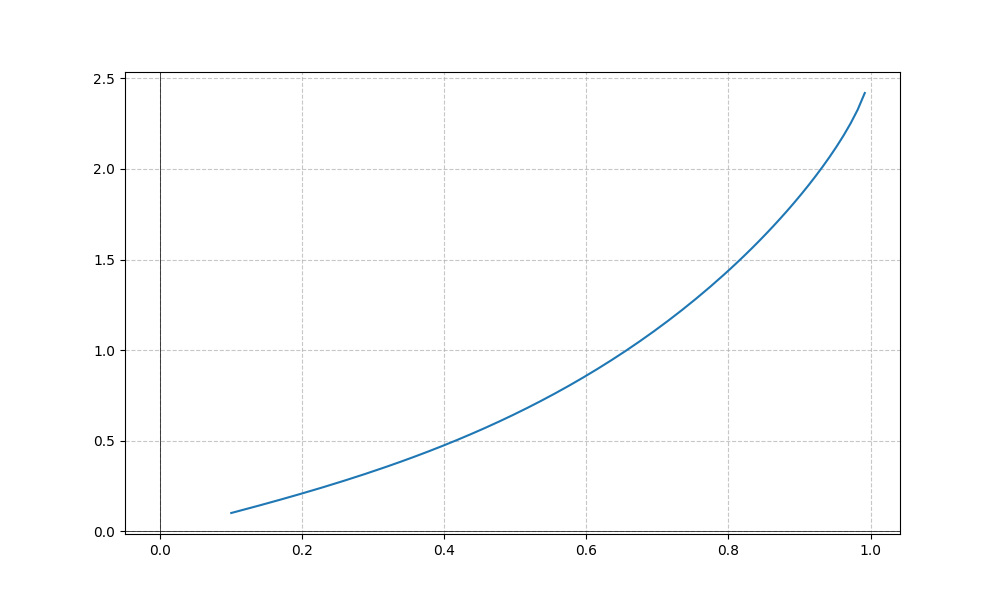
LaTeX formula: x^{3} + \operatorname{asin}{\left(x \right)}